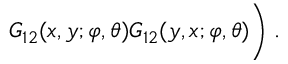
G _ { 1 2 } ( x , y ; \varphi , \theta ) G _ { 1 2 } ( y , x ; \varphi , \theta ) \Bigg ) \; .